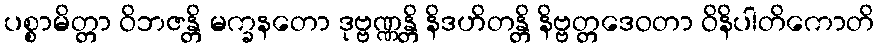
ပစ္စာမိတ္တာ ဝိဘဇန္တိ မက္ခနတော ဒုဗ္ဗဏ္ဏန္တိ နိဒဟိတန္တိ နိဗ္ဗတ္တဒေဝတာ ဝိနိပါတိကောတိ